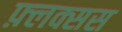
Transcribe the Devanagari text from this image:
फ़्लक्सस